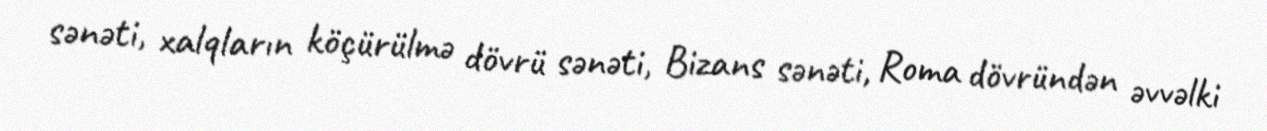
sənəti, xalqların köçürülmə dövrü sənəti, Bizans sənəti, Roma dövründən əvvəlki